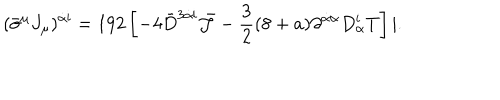
( { \bar { \sigma } } ^ { \mu } J _ { \mu } ) ^ { \dot { \alpha } { \mathbf i } } = 1 9 2 \left[ - 4 { \bar { D } } ^ { 3 \dot { \alpha } { \mathbf i } } { \bar { \cal J } } - \frac { 3 } { 2 } ( 8 + a ) \partial ^ { \dot { \alpha } \alpha } D _ { \alpha } ^ { \mathbf i } T \right] | .